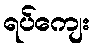
ရပ်ကျေး